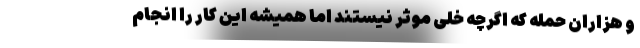
و هزاران حمله که اگرچه خلی موثر نیستند اما همیشه این کار را انجام